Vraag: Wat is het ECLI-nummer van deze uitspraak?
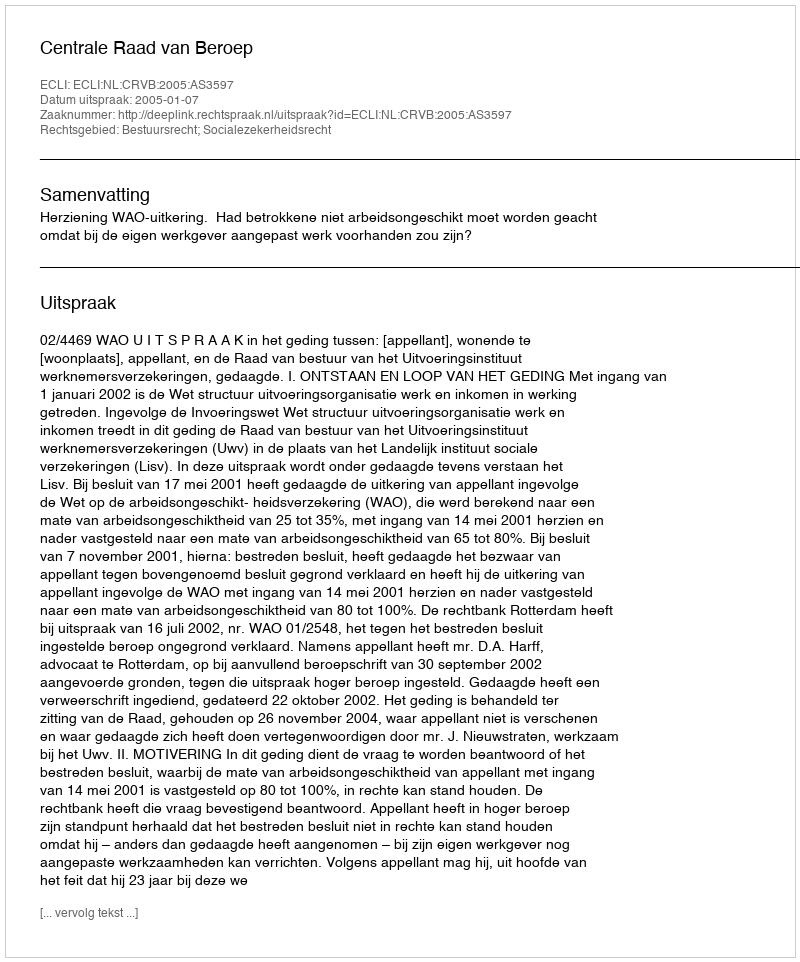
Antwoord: ECLI:NL:CRVB:2005:AS3597